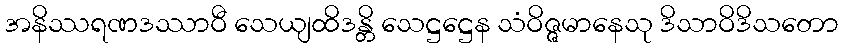
အနိဿရဏဒဿာဝီ သေယျထိဒန္တိ သေဋ္ဌဋ္ဌေန သံဝိဇ္ဇမာနေသု ဒိသာဝိဒိသတော